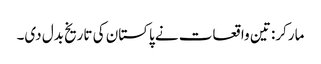
مارکر: تین واقعات نے پاکستان کی تاریخ بدل دی۔